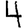
Digit: 4